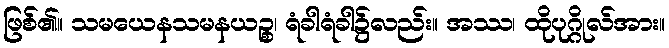
ဖြစ်၏။ သမယေနသမနယဉ္စ၊ ရံခါရံခါ၌လည်း။ အဿ၊ ထိုပုဂ္ဂိုလ်အား။